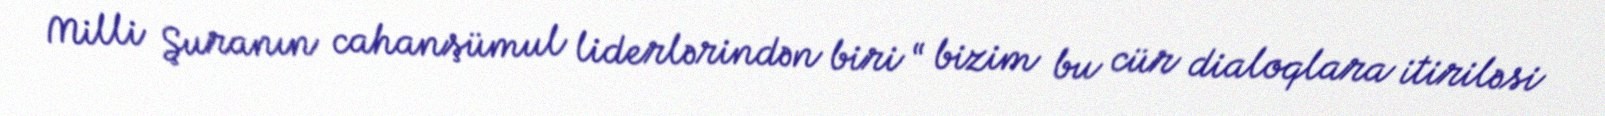
Milli Şuranın cahanşümul liderlərindən biri “ bizim bu cür dialoqlara itiriləsi